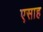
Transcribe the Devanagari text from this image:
एसाह